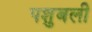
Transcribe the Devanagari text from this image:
पशुबली